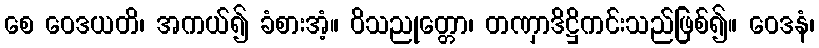
စေ ဝေဒယတိ၊ အကယ်၍ ခံစားအံ့။ ဝိသညုတ္တော၊ တဏှာဒိဋ္ဌိကင်းသည်ဖြစ်၍။ ဝေဒနံ၊